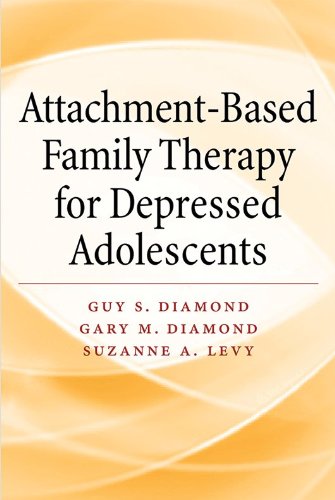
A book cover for Attachment-Based Family Therapy for Depressed Adolescents; Guy S. Diamond; Medical Books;